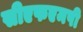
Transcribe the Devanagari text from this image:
सीएफएमपी